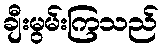
ချီးမွမ်းကြသည်